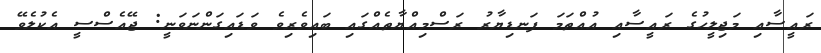
ރައީސާއި މަޖިލީހުގެ ރައީސާއި އުއްތަމަ ފަނޑިޔާރު ރަސްމިއްޔާތެއްގައި ބައިިވެރިވެ ވަޑައިގަންނަވަނީ: ޖޭއެސްސީ އެކުލެވޭ